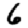
Digit: 6